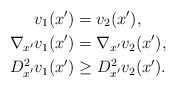
\begin{align*}v_1({x}')&=v_2({x}'),\\\nabla_{x'} v_1({x}')&=\nabla_{x'} v_2({x}'),\\D^2_{x'}v_1({x}')&\geq D^2_{x'}v_2({x}').\end{align*}